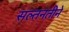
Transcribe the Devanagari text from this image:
सल्तनतीने